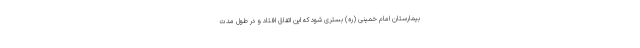
بیمارستان امام خمینی (ره) بستری شود که این اتفاق افتاد و در طول مدت